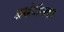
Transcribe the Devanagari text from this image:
अखेरीसचा